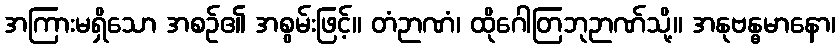
အကြားမရှိသော အစဉ်၏ အစွမ်းဖြင့်။ တံဉာဏံ၊ ထိုဂေါတြဘုဉာဏ်သို့။ အနုဗန္ဓမာနော၊